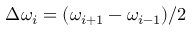
\Delta \omega _ { i } = ( \omega _ { i + 1 } - \omega _ { i - 1 } ) / 2